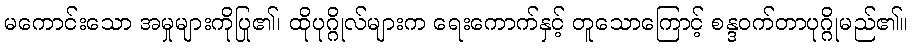
မကောင်းသော အမှုများကိုပြု၏၊ ထိုပုဂ္ဂိုလ်များက ရေးကောက်နှင့် တူသောကြောင့် စန္ဒဝက်တာပုဂ္ဂိုမည်၏။